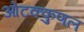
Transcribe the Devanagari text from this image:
ओटक्कुणल